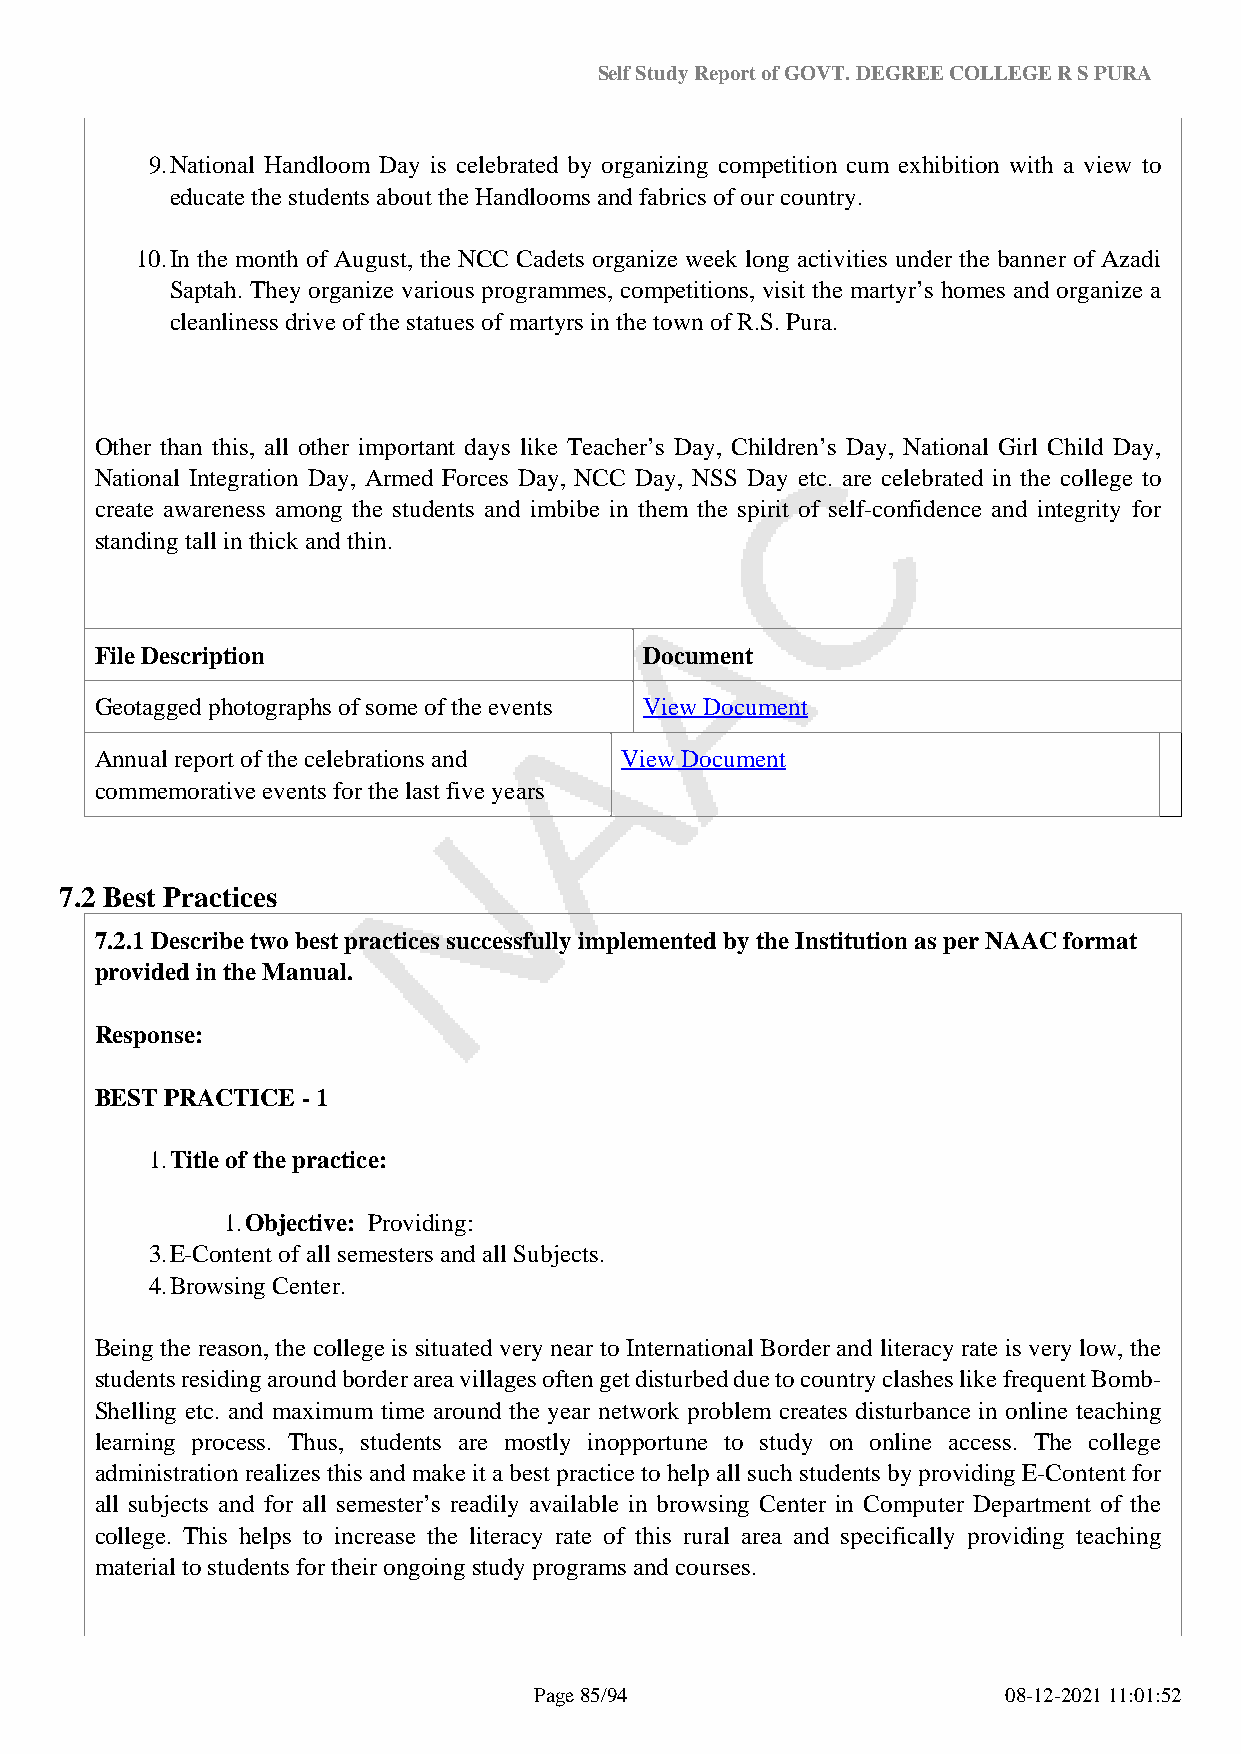
Self Study Report of GOVT. DEGREE COLLEGE R S PURA
 9.National Handloom Day is celebrated by organizing competition cum exhibition with a view to
 educate the students about the Handlooms and fabrics of our country.
 10.In the month of August, the NCC Cadets organize week long activities under the banner of Azadi
 Saptah. They organize various programmes, competitions, visit the martyr’s homes and organize a
 cleanliness drive of the statues of martyrs in the town of R.S. Pura.
 Other than this, all other important days like Teacher’s Day, Children’s Day, National Girl Child Day,
 National Integration Day, Armed Forces Day, NCC Day, NSS Day etc. are celebrated in the college to
 create awareness among the students and imbibe in them the spirit of self-confidence and integrity for
 standing tall in thick and thin.
 File Description                     Document
 Geotagged photographs of some of the events View Document
 Annual report of the celebrations and View Document
 commemorative events for the last five years
 7.2 Best Practices
 7.2.1 Describe two best practices successfully implemented by the Institution as per NAAC format
 provided in the Manual.
 Response:
 BEST PRACTICE - 1
 1.Title of the practice:
 1.Objective: Providing:
 3.E-Content of all semesters and all Subjects.
 4.Browsing Center.
 Being the reason, the college is situated very near to International Border and literacy rate is very low, the
 students residing around border area villages often get disturbed due to country clashes like frequent Bomb-
 Shelling etc. and maximum time around the year network problem creates disturbance in online teaching
 learning process. Thus, students are mostly inopportune to study on online access. The college
 administration realizes this and make it a best practice to help all such students by providing E-Content for
 all subjects and for all semester’s readily available in browsing Center in Computer Department of the
 college. This helps to increase the literacy rate of this rural area and specifically providing teaching
 material to students for their ongoing study programs and courses.
 Page 85/94                      08-12-2021 11:01:52